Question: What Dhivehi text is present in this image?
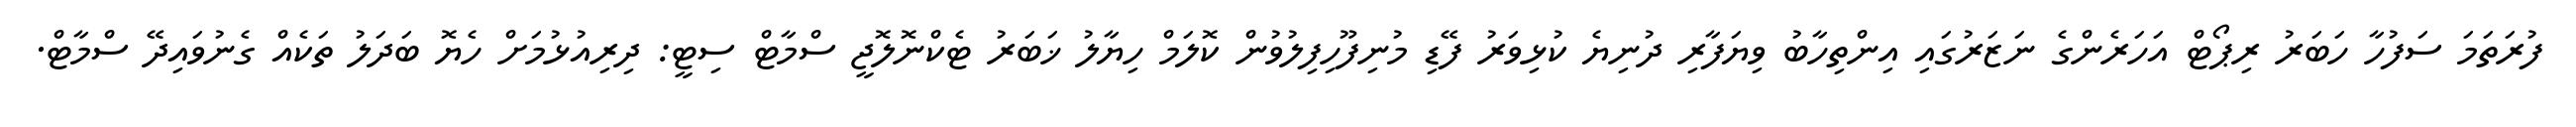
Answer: ފުރަތަމަ ސަފުހާ ހަބަރު ރިޕޯޓް އަހަރެންގެ ނަޒަރުގައި އިންތިހާބު ވިޔަފާރި ދުނިޔެ ކުޅިވަރު ފޭޑި މުނިފޫހިފިލުވުން ކޮލަމް ހިޔާލު ޚަބަރު ޓެކްނޮލޮޖީ ސްމާޓް ސިޓީ: ދިރިއުޅުމަށް ހެޔޮ ބަދަލު ތަކެއް ގެނުވައިދޭ ސްމާޓް.